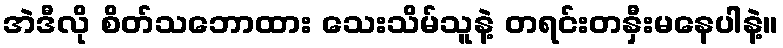
အဲဒီလို စိတ်သဘောထား သေးသိမ်သူနဲ့ တရင်းတနှီးမနေပါနဲ့။